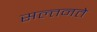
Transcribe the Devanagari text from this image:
सल्तनते